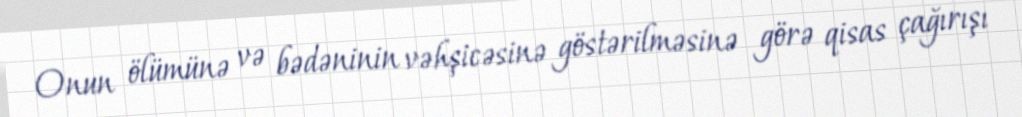
Onun ölümünə və bədəninin vəhşicəsinə göstərilməsinə görə qisas çağırışı